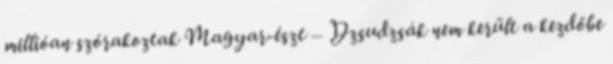
millióan szórakoztak Magyar-észt – Dzsudzsák nem került a kezdőbe